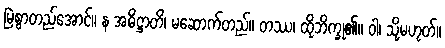
မြဲစွာတည်အောင်။ န အဓိဋ္ဌာတိ၊ မဆောက်တည်။ တဿ၊ ထိုဘိက္ခု၏။ ဝါ၊ သို့မဟုတ်။